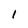
Character: l